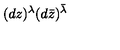
( d z ) ^ { \lambda } ( d \bar { z } ) ^ { \bar { \lambda } }